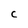
Character: C